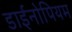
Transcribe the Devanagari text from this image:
डाईनोपियम